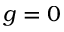
g = 0